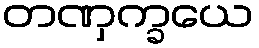
တဏှက္ခယေ